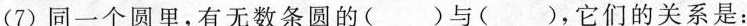
(7)同一个圆里，有无数条圆的()与()，它们的关系是：